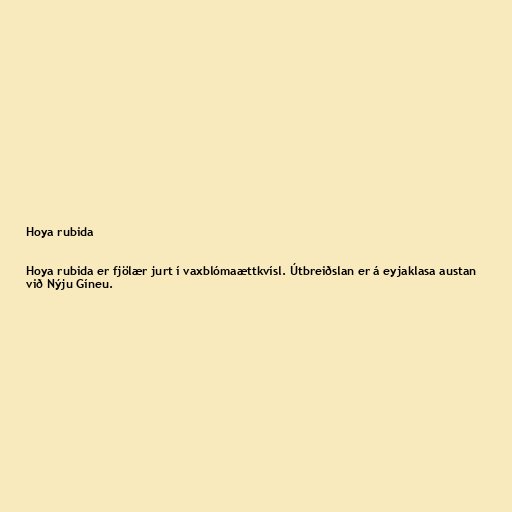
Hoya rubida

Hoya rubida er fjölær jurt í vaxblómaættkvísl. Útbreiðslan er á eyjaklasa austan
við Nýju Gíneu.